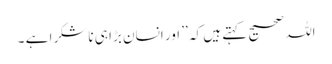
اللہ صحیح کہتے ہیں کہ ’’ اور انسان بڑا ہی ناشکرا ہے ۔